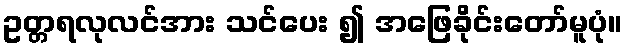
ဥတ္တရလုလင်အား သင်ပေး ၍ အဖြေခိုင်းတော်မူပုံ။